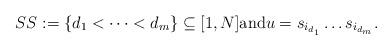
LaTeX: \begin{align*}\SS:= \{ d_1 < \cdots < d_m \} \subseteq [1,N]\mbox{and} u = s_{i_{d_1}} \ldots s_{i_{d_m}}.\end{align*}